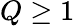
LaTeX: Q\geq 1